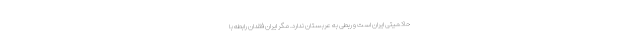
حاکمیتی ایران است و ربطی به عربستان ندارد. مگر ایران فقدان رابطه با